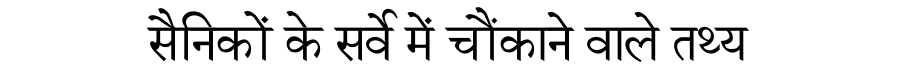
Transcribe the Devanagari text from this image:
सैनिकों के सर्वे में चौंकाने वाले तथ्य